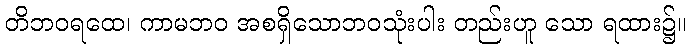
တိဘဝရထေ၊ ကာမဘဝ အစရှိသောဘဝသုံးပါး တည်းဟူ သော ရထား၌။